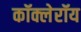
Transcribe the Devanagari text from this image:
कॉक्लेरॉय